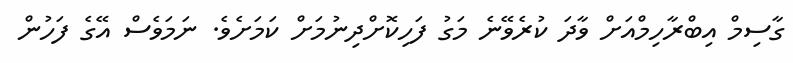
ގާސިމް އިބްރާހިމްއަށް ވާދަ ކުރެވޭނެ މަގު ފަހިކޮށްދިނުމަށް ކަމަށެވެ. ނަމަވެސް އޭގެ ފަހުން